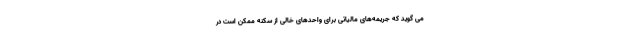
می گوید که جریمه‌های مالیاتی برای واحدهای خالی از سکنه ممکن است در